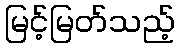
မြင့်မြတ်သည့်